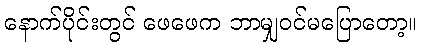
နောက်ပိုင်းတွင် ဖေဖေက ဘာမျှဝင်မပြောတော့။